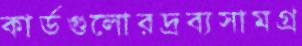
কার্ডগুলোরদ্রব্যসামগ্র